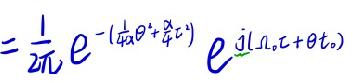
$=\frac{1}{2\pi}e^{-(\frac{1}{4\alpha}\theta^{2}+\frac{\alpha}{4}t^{2})}e^{j(\Omega_{0}t+\theta t_{0})}$